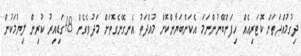
ދިގުމުއްދަތަށް ކޮޓަރިއެއް ހިފަންބޭނުންނަމަ އެކަންބަޔާންކޮށް މުއްދަތު އެނގޭނެގޮތަށް މަދުވެގެން 48ގަޑިއިރު ކުރިން ލިޔުމަކުން